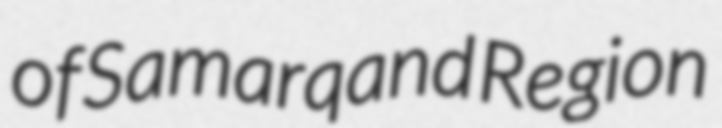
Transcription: of Samarqand Region